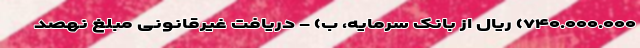
۷۴۰.۰۰۰.۰۰۰) ریال از بانک سرمایه، ب) - دریافت غیرقانونی مبلغ نهصد